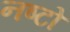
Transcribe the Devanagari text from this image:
नष्टो